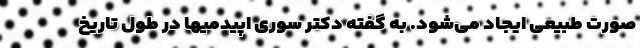
صورت طبیعی ایجاد می‌شود. به گفته دکتر سوری اپیدمیها در طول تاریخ